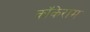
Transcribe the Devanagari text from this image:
कॉकेराम